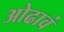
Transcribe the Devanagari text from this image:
ओढावं